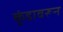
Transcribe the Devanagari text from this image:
कुंडावरून